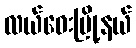
လယ်ဝေးမြို့နယ်